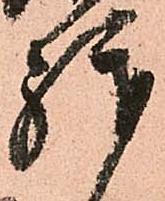
拝